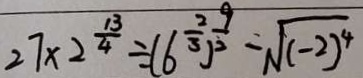
2 7 \times 2 ^ { \frac { 1 3 } { 4 } } \div ( 6 ^ { \frac { 2 } { 3 } } ) ^ { \frac { 9 } { 2 } } = \sqrt { ( - 2 ) ^ { 4 } }